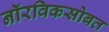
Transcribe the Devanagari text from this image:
नॉरविकसोबत